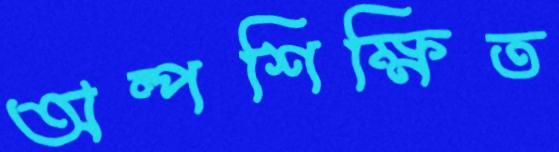
অল্পশিক্ষিত